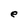
Character: e